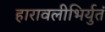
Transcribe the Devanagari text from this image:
हारावलीभिर्युतं